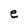
Character: e